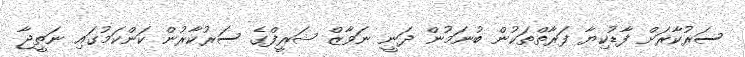
ސަރުކާރަށް ފާޑުކިޔާ ފަރާތްތަކުން ބުނަމުން ދަނީ ނަވާޒް ޝަރީފްގެ ސަރުކާރުން ކަންކަމުގައި ނަތީޖާ